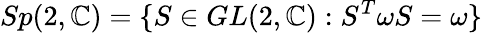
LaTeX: Sp(2,\mathbb{C})=\{ S\in GL(2,\mathbb{C}):S^{T}\omega S=\omega\}